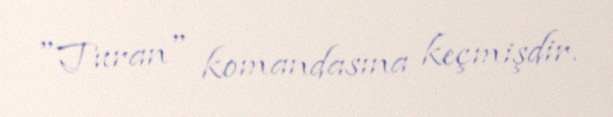
"Turan" komandasına keçmişdir.